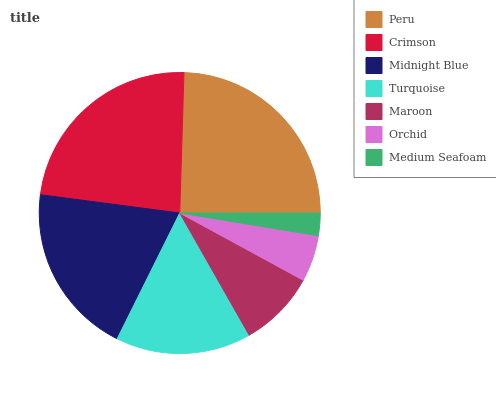
| Peru | Crimson | Midnight Blue | Turquoise | Maroon | Orchid | Medium Seafoam |
 | --- | --- | --- | --- | --- | --- | --- |
 | 24.5% | 23.4% | 19.7% | 15.6% | 8.85% | 5.35% | 2.59% |